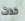
حدث